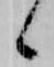
候